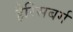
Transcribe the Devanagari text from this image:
हैरिसबर्ग